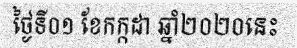
ថ្ងៃទី០១ ខែកក្កដា ឆ្នាំ២០២០នេះ